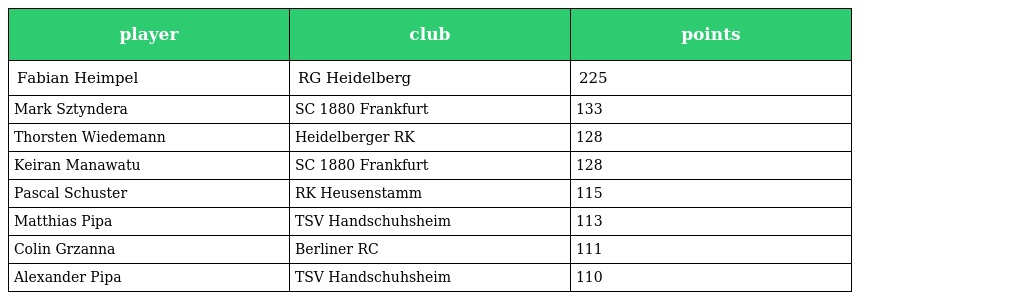
| player | club | points |
 | --- | --- | --- |
 | Fabian Heimpel | RG Heidelberg | 225 |
 | Mark Sztyndera | SC 1880 Frankfurt | 133 |
 | Thorsten Wiedemann | Heidelberger RK | 128 |
 | Keiran Manawatu | SC 1880 Frankfurt | 128 |
 | Pascal Schuster | RK Heusenstamm | 115 |
 | Matthias Pipa | TSV Handschuhsheim | 113 |
 | Colin Grzanna | Berliner RC | 111 |
 | Alexander Pipa | TSV Handschuhsheim | 110 |